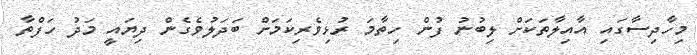
މިހާދިސާގައި އާއިލާތަކަށް ލިބުނު ފުން ހިތާމަ ރުޅިވެރިކަމަށް ބަދަލުވެގެން ދިޔައީ މަދު ހަފްތާ